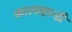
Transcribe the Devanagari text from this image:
कालाहान्डी